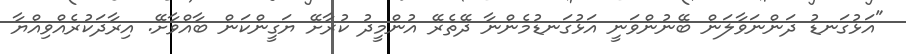
"އަޅުގަނޑު ދަންނަވާލަން ބޭނުންވަނީ އަޅުގަނޑުމެންނާ ދޭތެރޭ އުންމީދު ކުރާށޭ ޔަގީންކަން ބާއްވާށޭ. އިރާދަކުރެއްވިއްޔާ